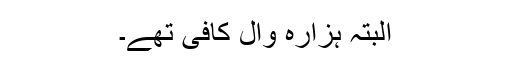
البتہ ہزارہ وال کافی تھے۔